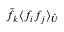
\tilde { f _ { k } } \langle { f _ { i } } { f _ { j } } \rangle _ { \hat { U } }